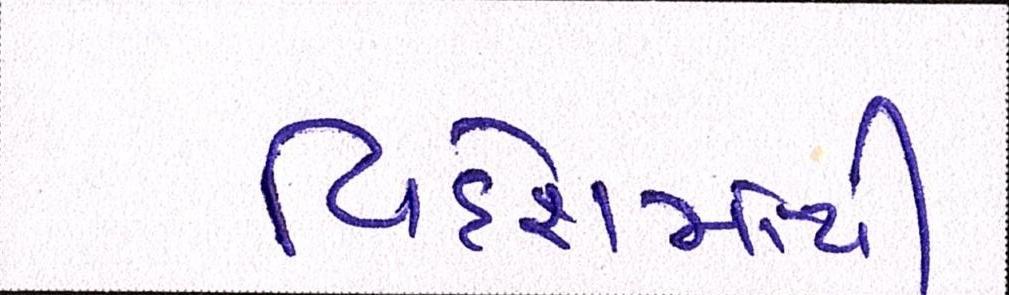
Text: વિદેશમાંથી